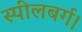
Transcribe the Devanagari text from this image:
स्पीलबर्ग।